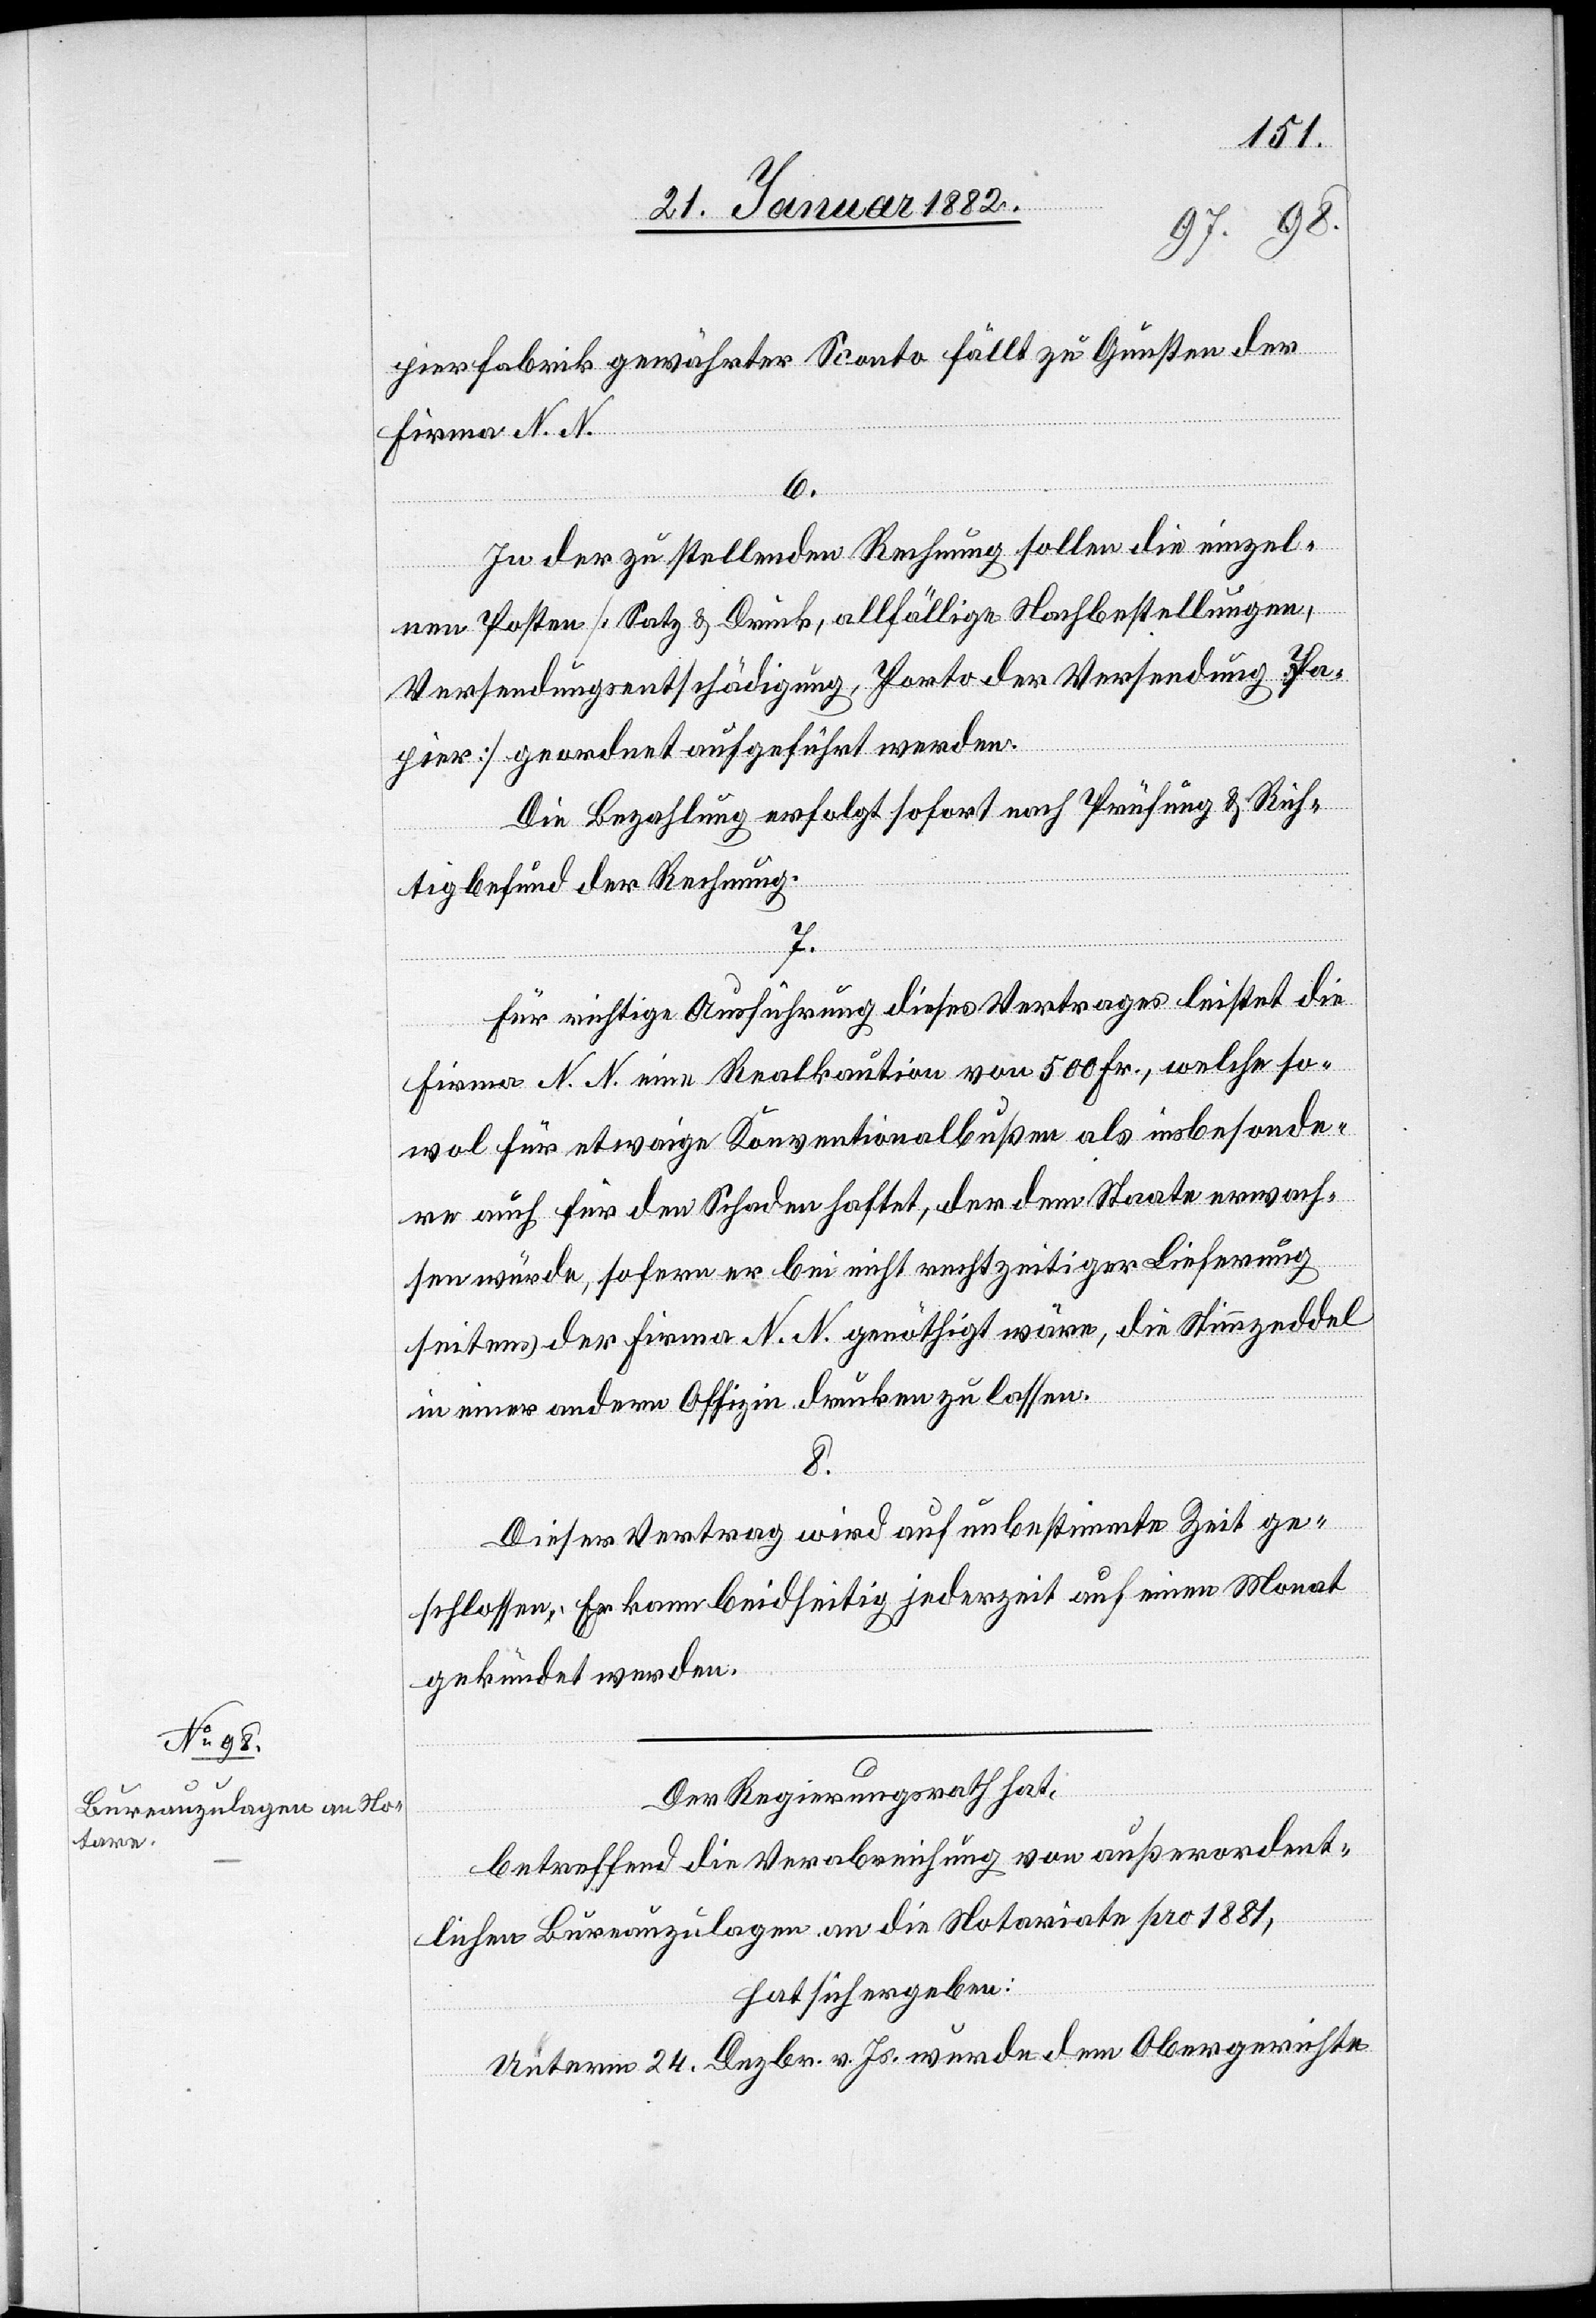
pierfabrik gewährter Sconto fällt zu Gunsten der
Firma N. N.
6.
Zu der zu stellenden Rechnung sollen die einzel¬
nen Kosten [Satz & Druck, allfällige Nachbestellungen,
Versendungsentschädigung, Konto der Versendung, Pa¬
pier] geordnet aufgeführt werden.
Die Bezahlung erfolgt sofort nach Prüfung & Rich¬
tigbefund der Rechnung.
7.
Für richtige Ausführung dieses Vertrages leistet die
Firma N. N. eine Realkaution von 500 Fr., welche so¬
wol für etwaige Konventionalbuße als insbesonde¬
re auch für den Schaden haftet, der dem Staate erwach¬
sen würde, sofern er bei nicht rechtzeitiger Lieferung
seitens der Firma N. N. genöthigt wäre, die Stimmzeddel
in einer anderen Offizin drucken zu lassen.
8.
Dieser Vertrag wird auf unbestimmte Zeit ge¬
schlossen. Er kann beidseitig jederzeit auf einen Monat
gekündet werden.
Der Regierungsrath hat,
betreffend die Verabreichung von außerordent¬
lichen Bureauzulagen an die Notariate pro 1881,
hat sich ergeben:
Unterm 24. Dezbr. v. Js. wurde dem Obergerichte